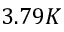
3 . 7 9 K